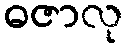
ဓဇာလု